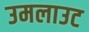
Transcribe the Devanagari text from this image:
उमलाउट